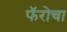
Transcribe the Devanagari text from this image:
फॅरोचा